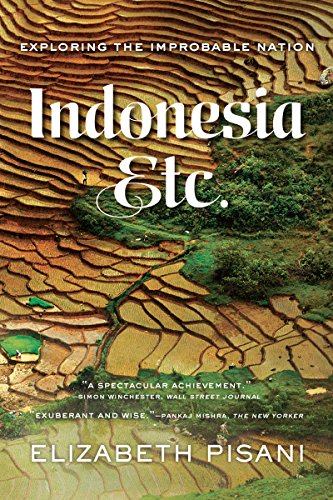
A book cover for Indonesia, Etc.: Exploring the Improbable Nation; Elizabeth Pisani; Travel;